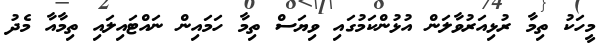
މީހަކު ތިމާ ރުޅިއަރުވާލަން އުޅުންކަމުގައި ވިޔަސް ތިމާ ހަމައިން ނައްޓައިލައި ތިމާއާ މެދު